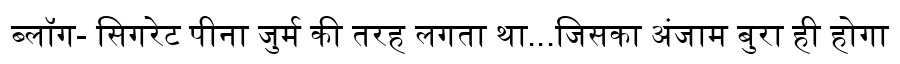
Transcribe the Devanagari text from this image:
ब्लॉग- सिगरेट पीना जुर्म की तरह लगता था...जिसका अंजाम बुरा ही होगा